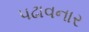
પઢાવનાર